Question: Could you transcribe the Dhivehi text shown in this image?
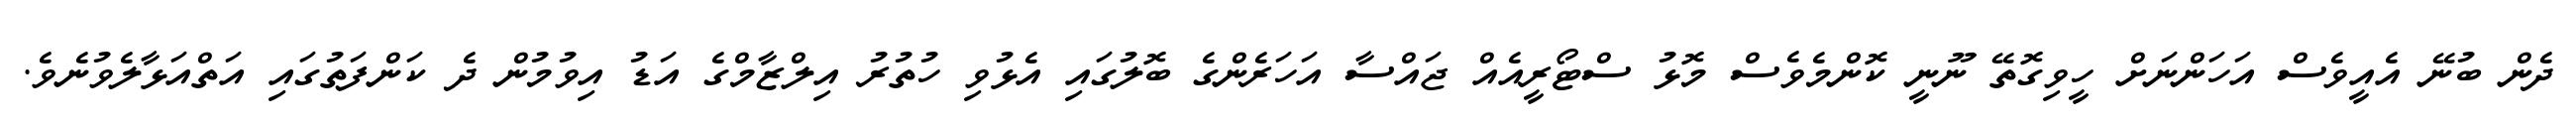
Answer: ދެން ބުނޭ އެއީވެސް އަހަންނަށް ހީވިގޮތޭ ނޫނީ ކޮންމެވެސް މޮޅު ސްޓޯރީއެއް ޖައްސާ އަހަރެންގެ ބޮލުގައި އެޅުވި ހުތުރު އިލްޒާމްގެ އަޑު އިވުމުން ދެ ކަންފަތުގައި އަތްއަޅާލެވުނެވެ.